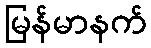
မြန်မာနက်